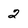
Character: 2